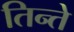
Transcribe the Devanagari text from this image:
तिन्ते